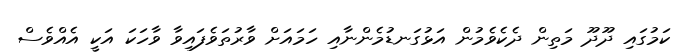
ކަމުގައި ދޫދޫ މަތިން ދެކެވެމުން އަޅުގަނޑުމެންނާއި ހަމައަށް ވާރުތަވެފައިވާ ވާހަކަ އަކީ އެއްވެސް